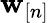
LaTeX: \mathbf w_{[n]}